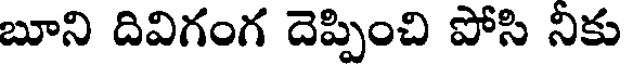
బూని దివిగంగ దెప్పించి పోసి నికు